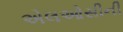
એલઓસીની